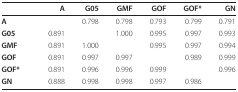
|  | A | G05 | GMF | GOF | GOF* | GN |
 | --- | --- | --- | --- | --- | --- | --- |
 | A |  | 0.798 | 0.798 | 0.793 | 0.799 | 0.791 |
 | G05 | 0.891 |  | 1.000 | 0.995 | 0.997 | 0.993 |
 | GMF | 0.891 | 1.000 |  | 0.995 | 0.997 | 0.994 |
 | GOF | 0.891 | 0.997 | 0.997 |  | 0.989 | 0.999 |
 | GOF* | 0.891 | 0.996 | 0.996 | 0.999 |  | 0.996 |
 | GN | 0.888 | 0.998 | 0.998 | 0.997 | 0.986 |  |